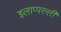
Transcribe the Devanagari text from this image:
इलाप्पल्ली